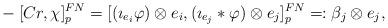
LaTeX: \begin{align*}{}-[Cr, \chi]^{FN}_p = [(\imath_{e_i} \varphi) \otimes e_i, (\imath_{e_j} \ast \varphi) \otimes e_j]^{FN}_p =: \beta_j \otimes e_j,\end{align*}